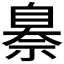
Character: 𦤗